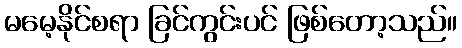
မမေ့နိုင်စရာ ခြင်ကွင်းပင် ဖြစ်တော့သည်။